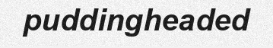
puddingheaded